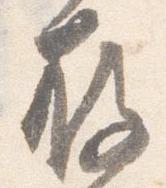
存